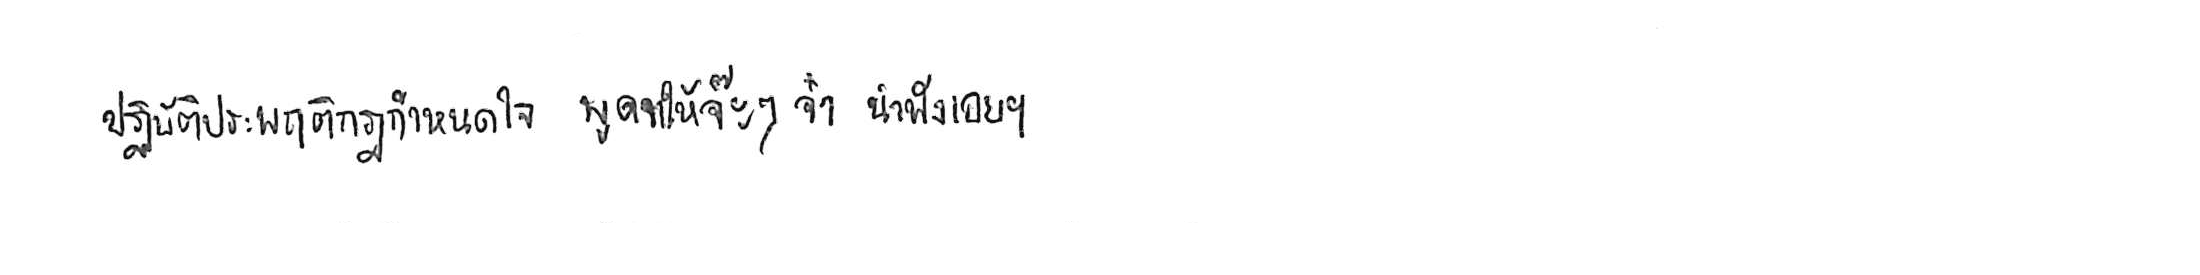
ปฏิบัติประพฤติกฎกำหนดใจ พูดจาให้จ๊ะๆ จ๋า น่าฟังเอยฯ